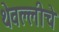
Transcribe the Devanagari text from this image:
थेवल्लीचे